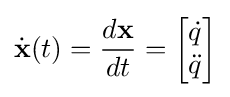
{\dot {\textbf {x}}}(t)={\frac {d{\textbf {x}}}{dt}}={\begin{bmatrix}{\dot {q}}\\{\ddot {q}}\\\end{bmatrix}}